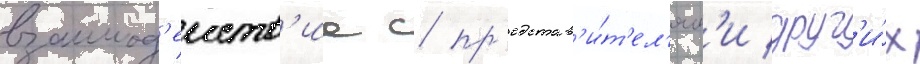
взаимод'еиств'ие с пр'едстав'и́т'ел'ям'и друг'и́х